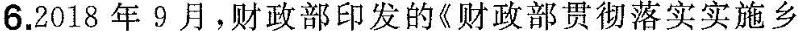
6.2018年9月，财政部印发的《财政部贯彻落实实施乡